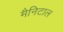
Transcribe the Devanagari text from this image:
मैनिटाल